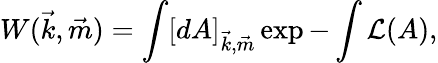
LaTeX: W(\vec{k},\vec{m})=\int[dA]_{\vec{k},\vec{m}}\exp-\int{\cal L}(A),